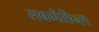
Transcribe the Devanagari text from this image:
सबमैरीन्स